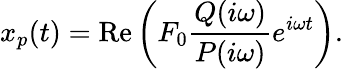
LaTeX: x_{p}(t)=\operatorname{Re}\left(F_{0}{\frac{Q(i\omega)}{P(i\omega)}}e^{i\omega t}\right).